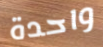
واحدة